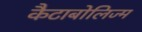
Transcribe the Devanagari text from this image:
कैटाबोलिज्म